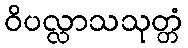
ဝိပလ္လာသသုတ္တံ